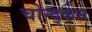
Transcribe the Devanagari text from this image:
चोन्द्कस